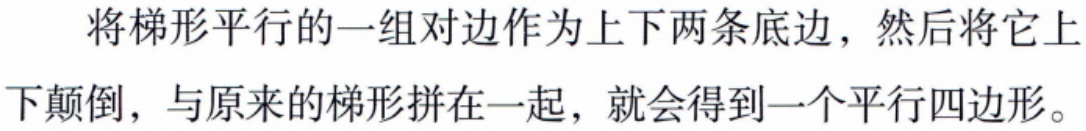
将梯形平行的一组对边作为上下两条底边，然后将它上下颠倒，与原来的梯形拼在一起，就会得到一个平行四边形。